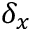
\delta _ { x }